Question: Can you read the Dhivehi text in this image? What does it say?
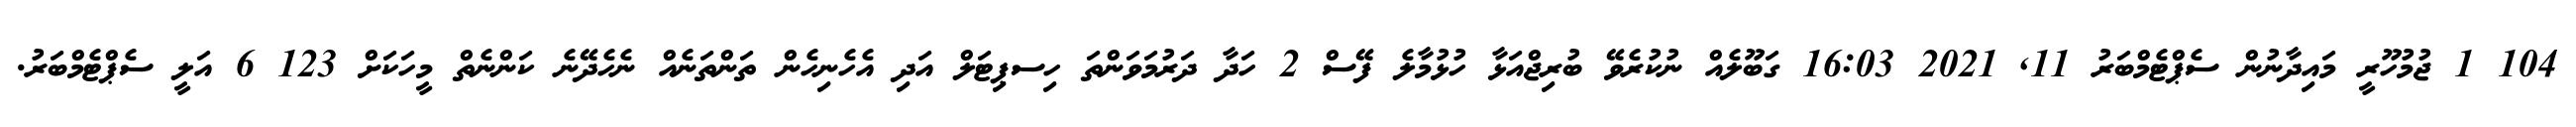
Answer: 104 1 ޖުމުހޫރީ މައިދާނުން ސެޕްޓެމްބަރު 11, 2021 16:03 ގަބޫލެއް ނުކުރެވޭ ބުރިޖްއަޅާ ހުޅުމާލެ ފޭސް 2 ހަދާ ދަރުމަވަންތަ ހިސޕިޓަލް އަދި އެހެނިހެން ތަންތަނެއް ނެހެދޭނެ ކަންނެތް މީހަކަށް 123 6 އަލީ ސެޕްޓެމްބަރު.